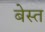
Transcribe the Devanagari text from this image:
बेस्त